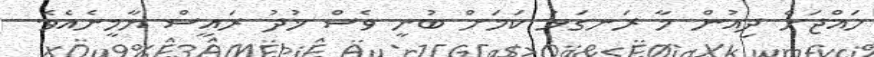
ހައްޖަށް ދިއުން މާ ރަނގަޅު ކަމަށް ބުނީ ވެސް ޚުދު ރައީސް ޔާމީނެއެވެ.